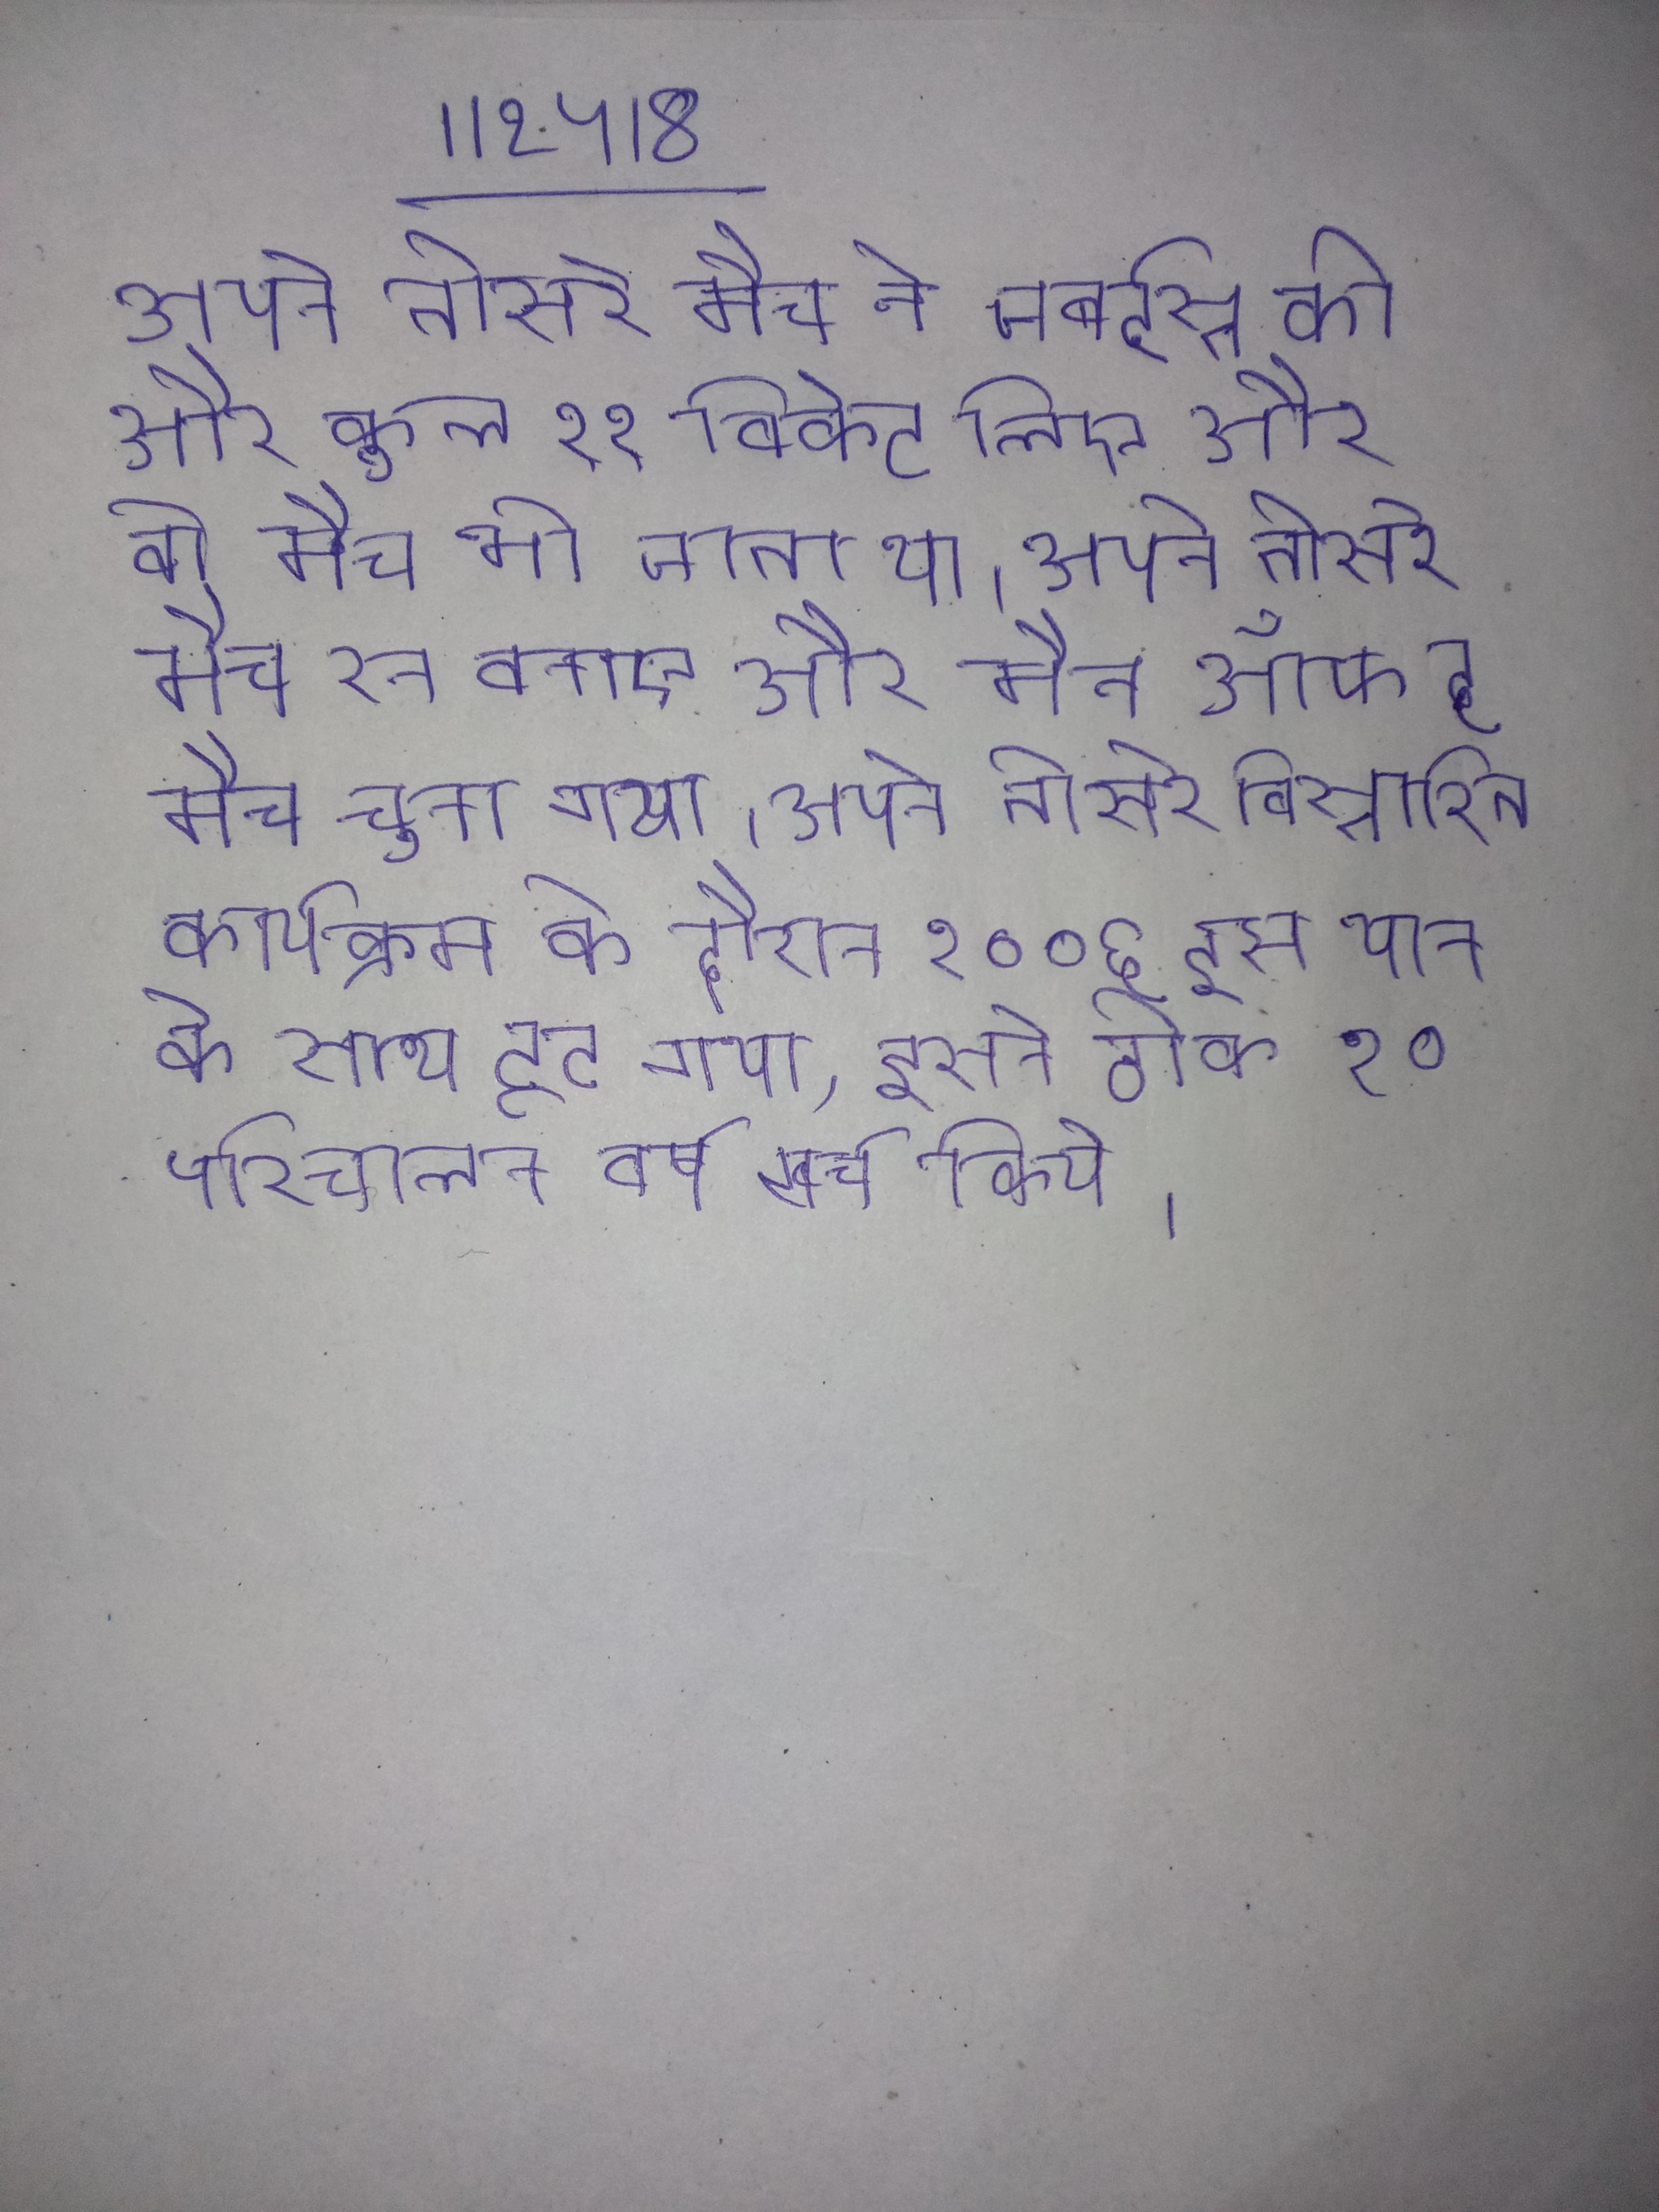
अपने तीसरे मैच ने जबर्दस्त की और कुल ११ विकेट लिए और वो मैच भी जीता था । अपने तीसरे मैच रन बनाए और मैन ऑफ द मैच चुना गया । अपने तीसरे विस्तारित कार्यक्रम के दौरान २००६ इस यान के साथ टूट गया, इसने ठीक १० परिचालन वर्ष खर्च किये ।